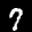
Label: 7